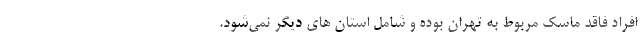
افراد فاقد ماسک مربوط به تهران بوده و شامل استان های دیگر نمی‌شود.